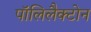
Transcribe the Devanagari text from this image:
पॉलिलैक्टोन